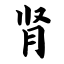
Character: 肾